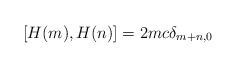
LaTeX: \begin{align*}[H(m),H(n)]=2mc\delta_{m+n,0}\end{align*}